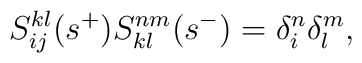
S^{kl}_{ij}(s^{+})S^{nm}_{kl}(s^{-})=\delta_{i}^{n}\delta_{l}^{m},